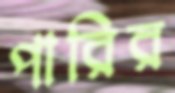
পারির